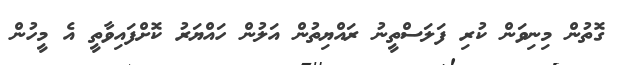
ގޮތުން މިނިވަން ކުރި ފަލަސްތީނު ރައްޔިތުން އަލުން ހައްޔަރު ކޮށްފައިވާތީ އެ މީހުން